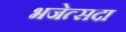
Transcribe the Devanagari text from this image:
भजेत्सदा